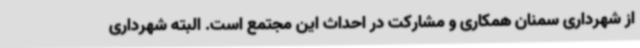
از شهرداری سمنان همکاری و مشارکت در احداث این مجتمع است. البته شهرداری